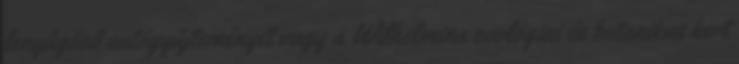
lenyűgöző autógyűjteményét vagy a Wilhelmina zoológiai és botanikus kert